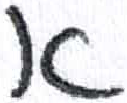
אות: א